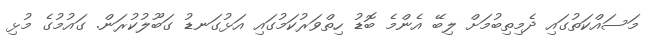
މަސައްކަތުގައި ދެމިތިބުމަށް ލިބޭ އެންމެ ބޮޑު ހިތްވަރުކަމުގައި އަޅުގަނޑު ގަބޫލުކުރަން. ގައުމުގެ މުޅި